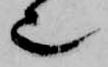
也